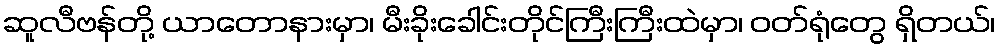
ဆူလီဗန်တို့ ယာတောနားမှာ၊ မီးခိုးခေါင်းတိုင်ကြီးကြီးထဲမှာ၊ ဝတ်ရုံတွေ ရှိတယ်၊